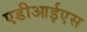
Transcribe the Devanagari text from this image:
एडीआईएस